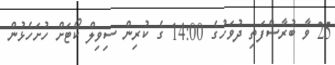
25 ވާ ބުރާސްފަތި ދުވަހުގެ 14:00 ގެ ކުރިން ސިވިލް ކޯޓަށް ހުށަހެޅުން